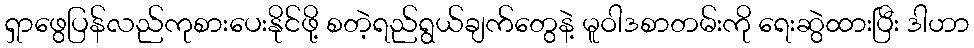
ရှာဖွေပြန်လည်ကုစားပေးနိုင်ဖို့ စတဲ့ရည်ရွယ်ချက်တွေနဲ့ မူဝါဒစာတမ်းကို ရေးဆွဲထားပြီး ဒါဟာ